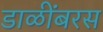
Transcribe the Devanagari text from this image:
डाळींबरस